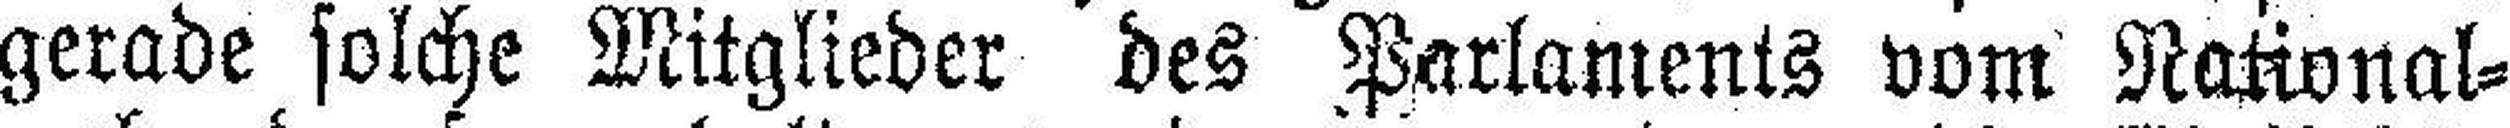
gerade solche Mitglieder des Parlaments vom National¬